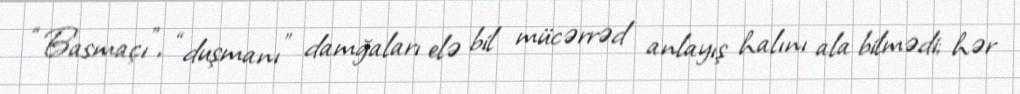
“Basmaçı”, “duşmanı” damğaları elə bil mücərrəd anlayış halını ala bilmədi; hər